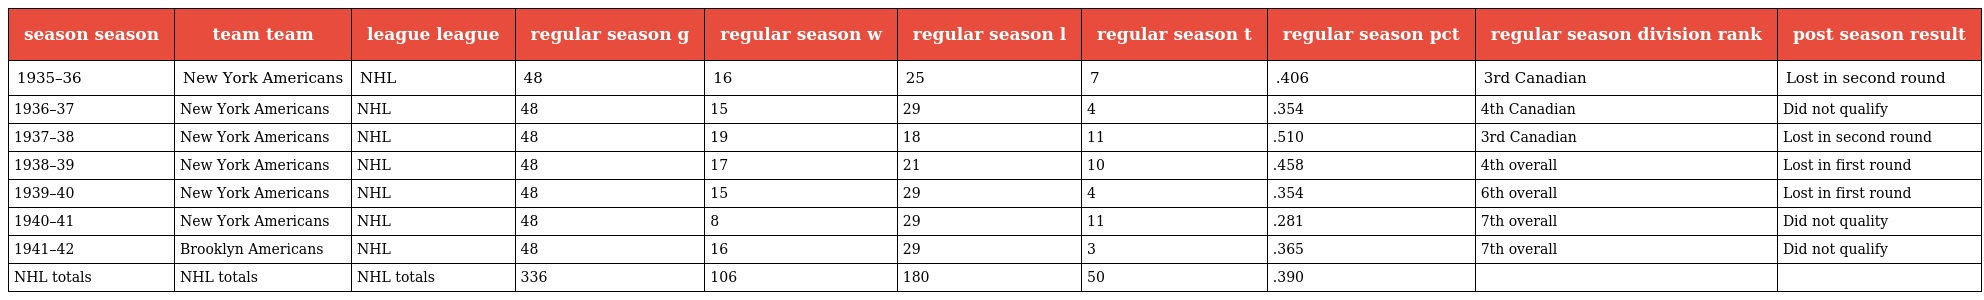
| season season | team team | league league | regular season g | regular season w | regular season l | regular season t | regular season pct | regular season division rank | post season result |
 | --- | --- | --- | --- | --- | --- | --- | --- | --- | --- |
 | 1935–36 | New York Americans | NHL | 48 | 16 | 25 | 7 | .406 | 3rd Canadian | Lost in second round |
 | 1936–37 | New York Americans | NHL | 48 | 15 | 29 | 4 | .354 | 4th Canadian | Did not qualify |
 | 1937–38 | New York Americans | NHL | 48 | 19 | 18 | 11 | .510 | 3rd Canadian | Lost in second round |
 | 1938–39 | New York Americans | NHL | 48 | 17 | 21 | 10 | .458 | 4th overall | Lost in first round |
 | 1939–40 | New York Americans | NHL | 48 | 15 | 29 | 4 | .354 | 6th overall | Lost in first round |
 | 1940–41 | New York Americans | NHL | 48 | 8 | 29 | 11 | .281 | 7th overall | Did not quality |
 | 1941–42 | Brooklyn Americans | NHL | 48 | 16 | 29 | 3 | .365 | 7th overall | Did not qualify |
 | NHL totals | NHL totals | NHL totals | 336 | 106 | 180 | 50 | .390 |  |  |